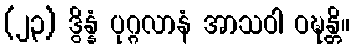
(၂၃) ဒွိန္နံ ပုဂ္ဂလာနံ အာသဝါ ဝဍ္ဎန္တိ။